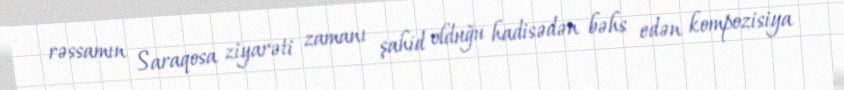
rəssamın Saraqosa ziyarəti zamanı şahid olduğu hadisədən bəhs edən kompozisiya